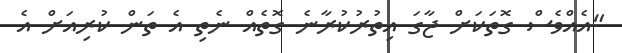
"އެއްވެސް ގޮތަކަށް ޖާގަ އިތުރުކުރާނެ ގޮތެއް ނެތި އެ ތަން ކުރިއަށް އެ